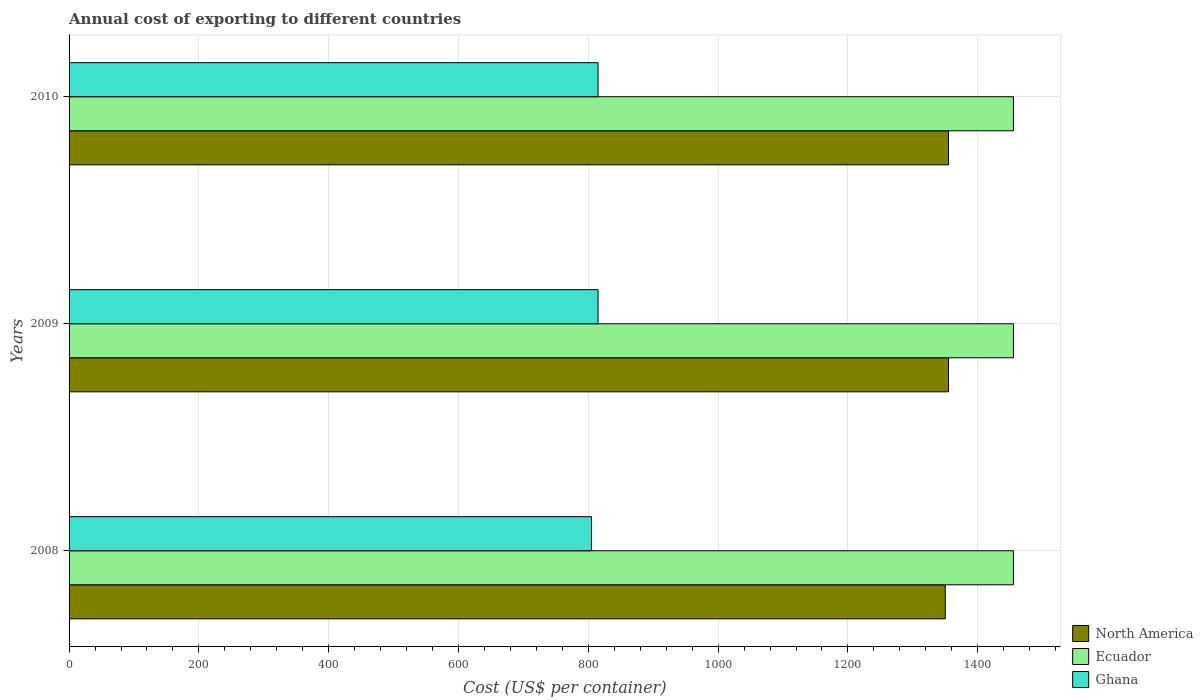
| Years | North America | Ecuador | Ghana |
 | --- | --- | --- | --- |
 | 2008 | 1.35e+03 | 1.46e+03 | 805 |
 | 2009 | 1.36e+03 | 1.46e+03 | 815 |
 | 2010 | 1.36e+03 | 1.46e+03 | 815 |